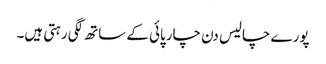
پورے چالیس دن چارپائی کے ساتھ لگی رہتی ہیں۔